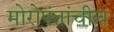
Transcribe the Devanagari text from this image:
मोरोपंतांचीच